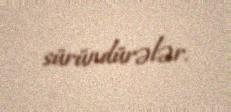
süründürələr.